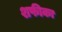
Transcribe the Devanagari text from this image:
शफीका